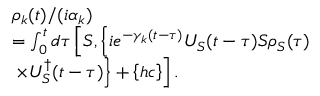
\begin{array} { r l } & { { \rho } _ { k } ( t ) / ( i { \alpha } _ { k } ) } \\ & { = \int _ { 0 } ^ { t } { d \tau } \left[ S , \left\{ i { { e } ^ { - { { \gamma } _ { k } } ( t - \tau ) } } { { U } _ { S } } ( t - \tau ) S { { \rho } _ { S } } ( \tau ) \right. \right. } \\ & { \left. \left. \times U _ { S } ^ { \dagger } ( t - \tau ) \right\} + \left\{ h c \right\} \right] . } \end{array}